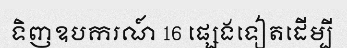
ទិញឧបករណ៍ 16 ផ្សេងទៀតដើម្បី